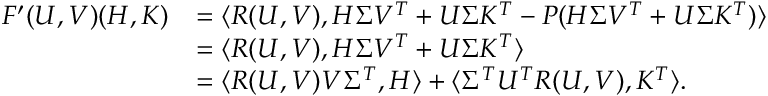
\begin{array} { r l } { F ^ { \prime } ( U , V ) ( H , K ) } & { = \langle R ( U , V ) , H \Sigma V ^ { T } + U \Sigma K ^ { T } - P ( H \Sigma V ^ { T } + U \Sigma K ^ { T } ) \rangle } \\ & { = \langle R ( U , V ) , H \Sigma V ^ { T } + U \Sigma K ^ { T } \rangle } \\ & { = \langle R ( U , V ) V \Sigma ^ { T } , H \rangle + \langle \Sigma ^ { T } U ^ { T } R ( U , V ) , K ^ { T } \rangle . } \end{array}